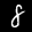
Label: 8